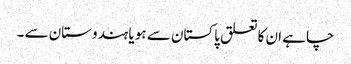
چاہے ان کا تعلق پاکستان سے ہو یا ہندوستان سے ۔